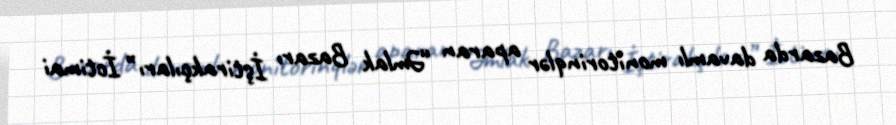
Bazarda davamlı monitorinqlər aparan “Əmlak Bazarı İştirakçıları” İctimai